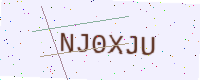
Text: NJ0XJU